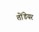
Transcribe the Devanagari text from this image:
तोंडेयर